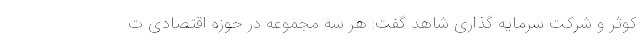
کوثر و شرکت سرمایه گذاری شاهد گفت: هر سه مجموعه در حوزه اقتصادی ت